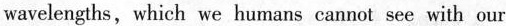
wavelengths, which we humans cannot see with our